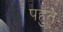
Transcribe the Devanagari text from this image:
पहुंते